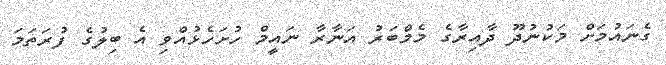
ގެނައުމަށް މަކުނުދޫ ދާއިރާގެ މެމްބަރު އަނާރާ ނައީމް ހުށަހެޅުއްވި އެ ބިލުގެ ފުރަތަމަ